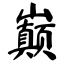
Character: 巅